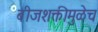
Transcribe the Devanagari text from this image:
बीजशक्तीमुळेच